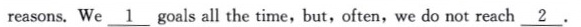
reasons. We \underline{1} goais all the time,but,often,we do not reach \underline{2}.